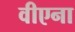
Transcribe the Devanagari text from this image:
वीएना